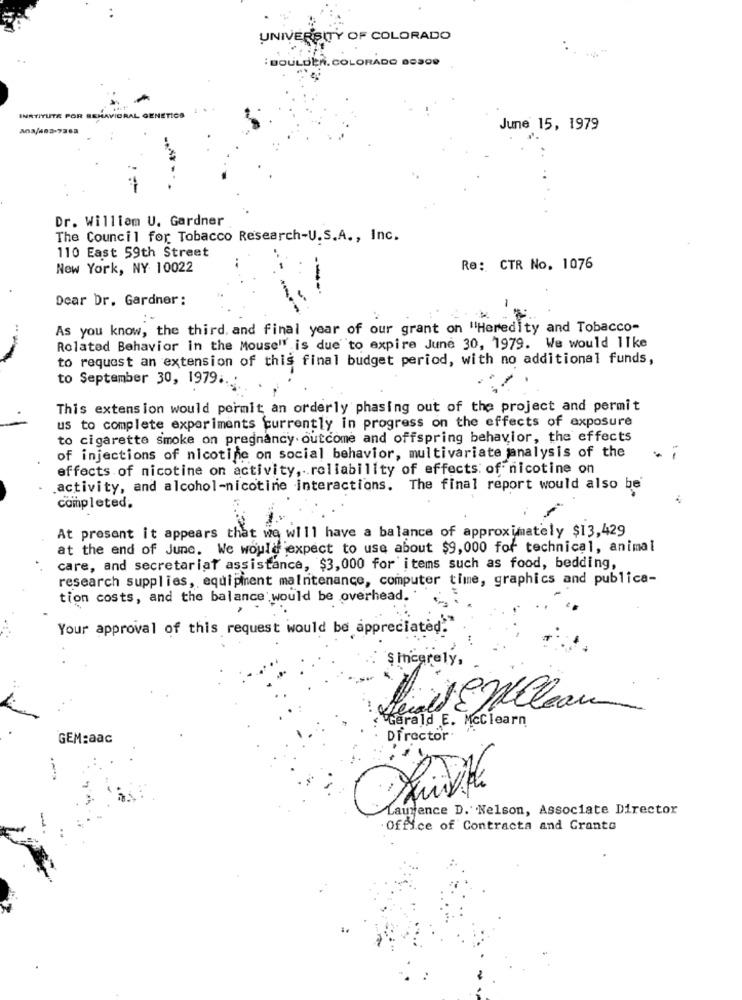
UNIVERSITY OF COLORADO
BOULDER, COLORADO BOSO9
INRTITUTE POR BEHAVIORAL GENETICS
June 15, 1979
Dr. William U. Gardner
The Council for Tobacco Research-U.S.A ., Inc.
110 East 59th Street
New York, NY 10022
Re: CTR No. 1076
---
Dear Dr. Gardner :
-
As you know, the third, and final year of our grant on "Heredity and Tobacco-
Rolated Behavior in the Mouse" is due to expire June 30, 1979. We would 11ke
to request an extension of this final budget period, with no additional funds,
to September 30, 1979 ...
This extension would permit an orderly phasing out of the project and permit
us to complete experiments currently in progress on the effects of exposure
to cigarette smoke on pregnancy outcome and offspring behavior, the effects
of injections of nicotine on social behavior, multivariate janalysis of the
..
effects of nicotine on activity ,.. reliability of effects of nicotine on
activity, and alcohol-nicotine interactions. The final report would also be'
completed.
At present it appears that we will have a balance of approximately $13,429
at the end of June. We would expect to use about $9,000 for technical, animal
etely
care, and secretariat assistance, $3,000 for items such as food, bedding,
research supplies, equipment maintenance, computer time, graphics and publica-
tion costs, and the balance would be overhead."
.
Your approval of this request would be appreciated."
Sincerely,
Leall & Millau
Gerald E. Mcclearn
GEM:aac
Director
Laurence D. Nelson, Associate Director
Office of Contracta and Granto